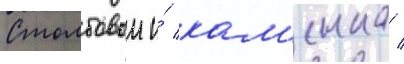
Столбовои и́ кам'енка /